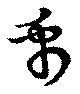
禹